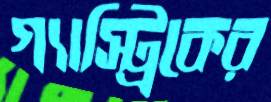
গ্যাস্ট্রিকের